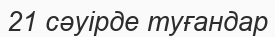
21 сәуірде туғандар